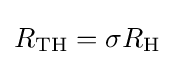
R_{\rm {TH}}=\sigma R_{\rm {H}}